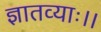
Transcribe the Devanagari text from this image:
ज्ञातव्याः।।